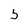
Character: 5